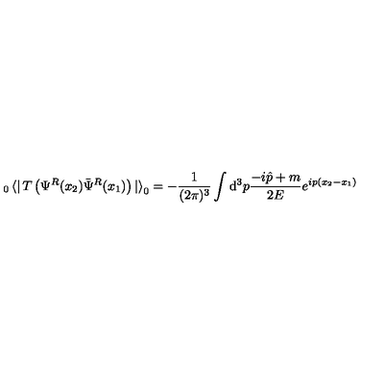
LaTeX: _ 0 \left< \right| T \left( \Psi ^ { R } ( x _ { 2 } ) \bar { \Psi } ^ { R } ( x _ { 1 } ) \right) \left| \right> _ { 0 } = - \frac { 1 } { ( 2 \pi ) ^ { 3 } } \int { \mathrm d } ^ { 3 } p \frac { - i \hat { p } + m } { 2 E } e ^ { i p ( x _ { 2 } - x _ { 1 } ) }